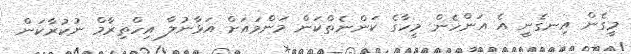
މީގެން އިނގެނީ އެ އަންހެން މީހާގެ ކަންނެތްކަން މަންމައަށް އަޅާނުލާ އިހްތިރާމް ނުކުރާކަން